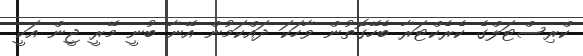
ކްރިސްޓަލްގެ ކެރެކްޓަރާ ބެހޭގޮތުން ވާހަކަ ދައްކަމުން އޭނާ ބުނީ މޭރީ ޖީން އަކީ